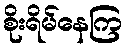
စိုးရိမ်နေကြ